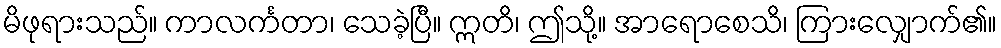
မိဖုရားသည်။ ကာလင်္ကတာ၊ သေခဲ့ပြီ။ ဣတိ၊ ဤသို့။ အာရောစေသိ၊ ကြားလျှောက်၏။